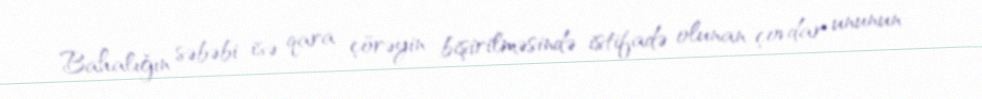
Bahalığın səbəbi isə qara çörəyin bişirilməsində istifadə olunan çovdar ununun